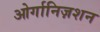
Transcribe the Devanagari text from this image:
ओर्गानिज़शन